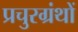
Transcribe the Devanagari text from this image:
प्रचुरग्रंथों